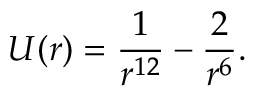
U ( r ) = \frac 1 { r ^ { 1 2 } } - \frac 2 { r ^ { 6 } } .